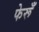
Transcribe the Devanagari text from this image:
फेरूँ